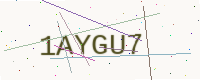
Text: 1AYGU7